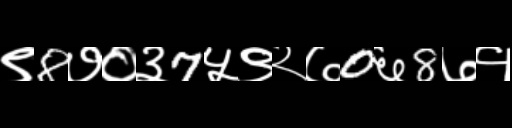
Text: ९8७०३7५९२७0६8७१